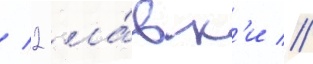
/ 2 ла́вк'и //